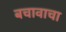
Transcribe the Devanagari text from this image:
बचावाचा